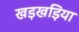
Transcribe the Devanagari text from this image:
खड़खड़िया